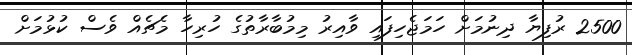
2500 ރުފިޔާ ދިނުމަށް ހަމަޖެހިފައި ވާއިރު މިމުބާރާތުގެ ހުރިހާ މެޗެއް ވެސް ކުޅުމަށް